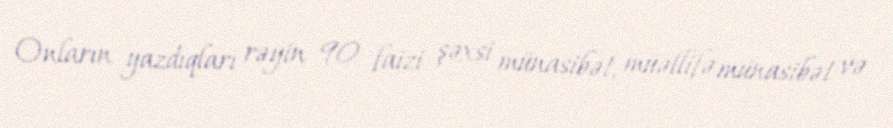
Onların yazdıqları rəyin 90 faizi şəxsi münasibət, müəllifə münasibət və